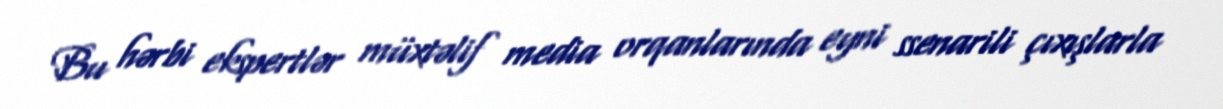
Bu hərbi ekspertlər müxtəlif media orqanlarında eyni ssenarili çıxışlarla